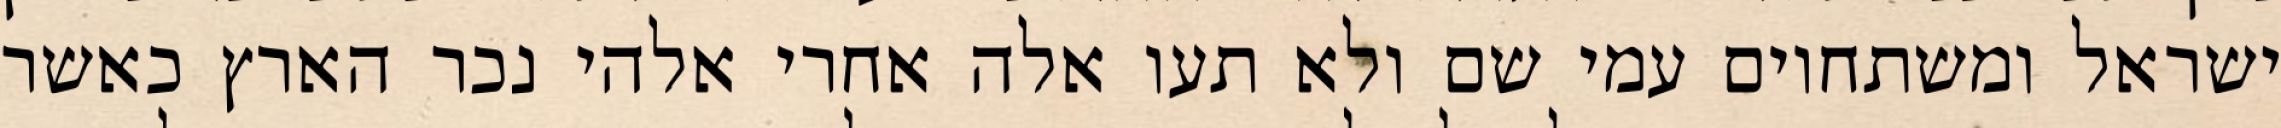
ישראל ומשתחוים עמי שם ולא תעו אלה אחרי אלהי נכר הארץ כאשר